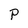
Character: P